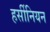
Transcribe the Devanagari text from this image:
हर्सीनियन